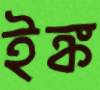
ইঙ্ক